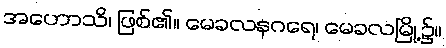
အဟောသိ၊ ဖြစ်၏။ မေခလနဂရေ၊ မေခလမြို့၌။